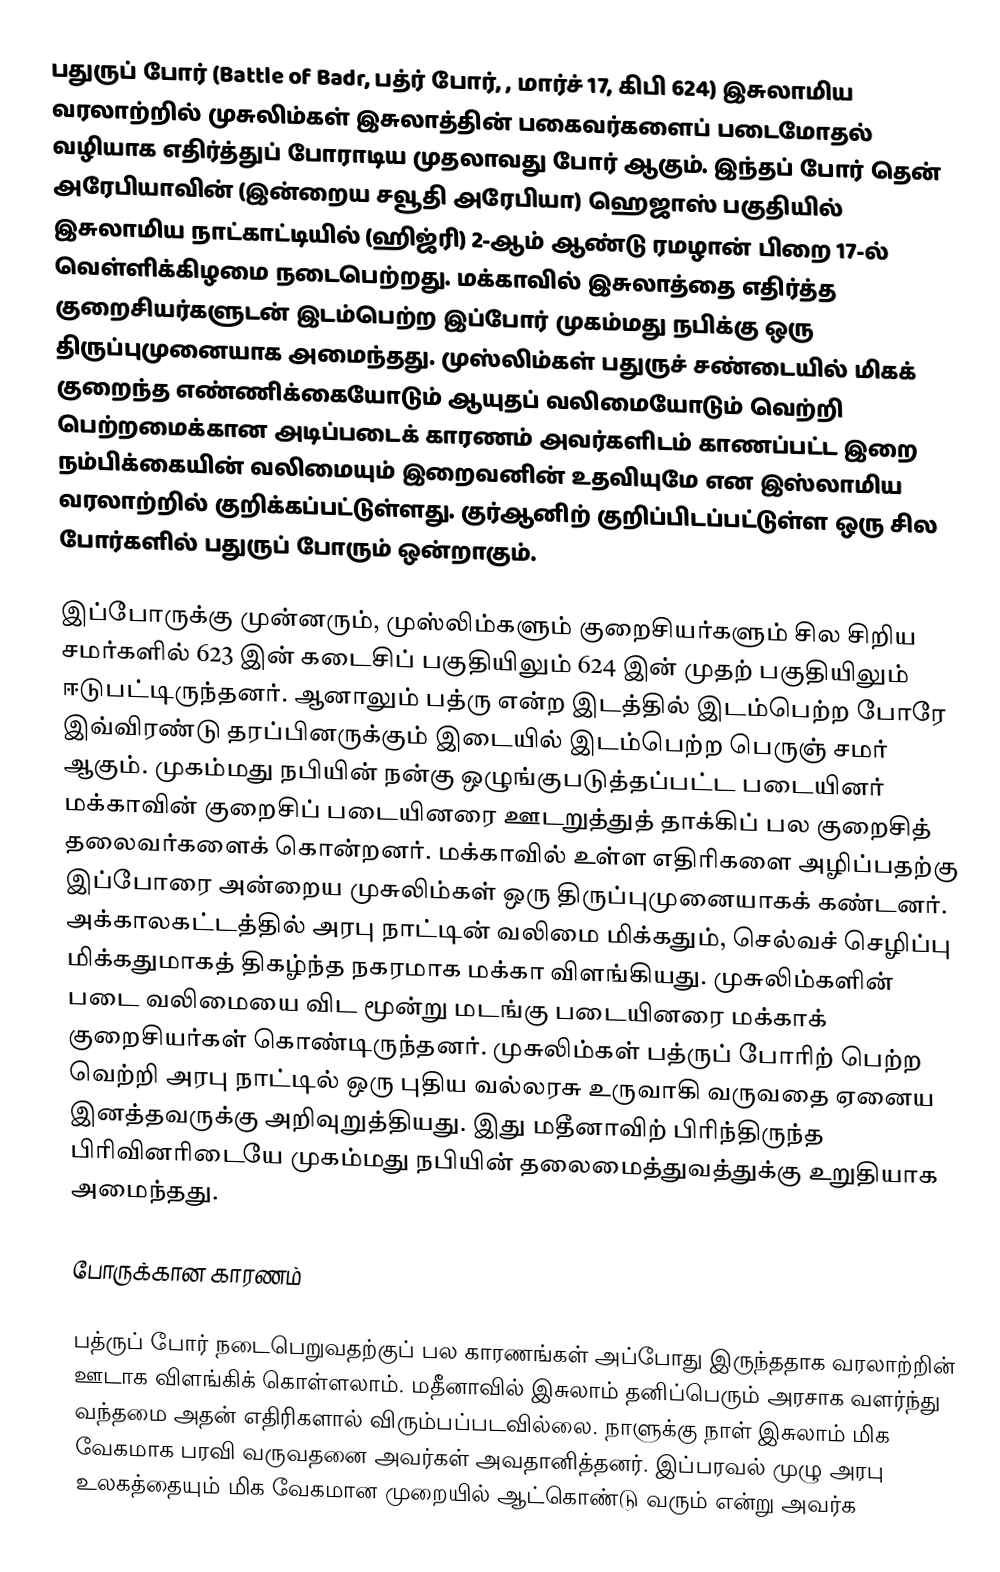
பதுருப் போர் (Battle of Badr, பத்ர் போர், , மார்ச் 17, கிபி 624) இசுலாமிய வரலாற்றில் முசுலிம்கள் இசுலாத்தின் பகைவர்களைப் படைமோதல் வழியாக எதிர்த்துப் போராடிய முதலாவது போர் ஆகும். இந்தப் போர் தென் அரேபியாவின் (இன்றைய சவூதி அரேபியா) ஹெஜாஸ்  பகுதியில் இசுலாமிய நாட்காட்டியில் (ஹிஜ்ரி) 2-ஆம் ஆண்டு ரமழான் பிறை 17-ல் வெள்ளிக்கிழமை நடைபெற்றது. மக்காவில் இசுலாத்தை எதிர்த்த குறைசியர்களுடன் இடம்பெற்ற இப்போர் முகம்மது நபிக்கு ஒரு திருப்புமுனையாக அமைந்தது.  முஸ்லிம்கள் பதுருச் சண்டையில் மிகக் குறைந்த எண்ணிக்கையோடும் ஆயுதப் வலிமையோடும் வெற்றி பெற்றமைக்கான அடிப்படைக் காரணம் அவர்களிடம் காணப்பட்ட இறை நம்பிக்கையின் வலிமையும் இறைவனின் உதவியுமே என இஸ்லாமிய வரலாற்றில் குறிக்கப்பட்டுள்ளது. குர்ஆனிற் குறிப்பிடப்பட்டுள்ள ஒரு சில போர்களில் பதுருப் போரும் ஒன்றாகும்.

இப்போருக்கு முன்னரும், முஸ்லிம்களும் குறைசியர்களும் சில சிறிய சமர்களில் 623 இன் கடைசிப் பகுதியிலும் 624 இன் முதற் பகுதியிலும் ஈடுபட்டிருந்தனர். ஆனாலும் பத்ரு என்ற இடத்தில் இடம்பெற்ற போரே இவ்விரண்டு தரப்பினருக்கும் இடையில் இடம்பெற்ற பெருஞ் சமர் ஆகும். முகம்மது நபியின் நன்கு ஒழுங்குபடுத்தப்பட்ட படையினர் மக்காவின் குறைசிப் படையினரை ஊடறுத்துத் தாக்கிப் பல குறைசித் தலைவர்களைக் கொன்றனர். மக்காவில் உள்ள எதிரிகளை அழிப்பதற்கு இப்போரை அன்றைய முசுலிம்கள் ஒரு திருப்புமுனையாகக் கண்டனர். அக்காலகட்டத்தில் அரபு நாட்டின் வலிமை மிக்கதும், செல்வச் செழிப்பு மிக்கதுமாகத் திகழ்ந்த நகரமாக மக்கா விளங்கியது. முசுலிம்களின் படை வலிமையை விட மூன்று மடங்கு படையினரை மக்காக் குறைசியர்கள் கொண்டிருந்தனர். முசுலிம்கள் பத்ருப் போரிற் பெற்ற வெற்றி அரபு நாட்டில் ஒரு புதிய வல்லரசு உருவாகி வருவதை ஏனைய இனத்தவருக்கு அறிவுறுத்தியது. இது மதீனாவிற் பிரிந்திருந்த பிரிவினரிடையே முகம்மது நபியின் தலைமைத்துவத்துக்கு உறுதியாக அமைந்தது.

போருக்கான காரணம்

பத்ருப் போர் நடைபெறுவதற்குப் பல காரணங்கள் அப்போது இருந்ததாக வரலாற்றின் ஊடாக விளங்கிக் கொள்ளலாம். மதீனாவில் இசுலாம் தனிப்பெரும் அரசாக வளர்ந்து வந்தமை அதன் எதிரிகளால் விரும்பப்படவில்லை. நாளுக்கு நாள் இசுலாம் மிக வேகமாக பரவி வருவதனை அவர்கள் அவதானித்தனர். இப்பரவல் முழு அரபு உலகத்தையும் மிக வேகமான முறையில் ஆட்கொண்டு வரும் என்று அவர்க